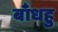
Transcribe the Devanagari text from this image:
बाँधहु